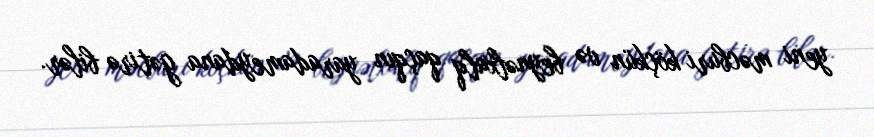
yeni məcburi köçkün və beynəlxalq qaçqın yaradameydana gətirə bilər.